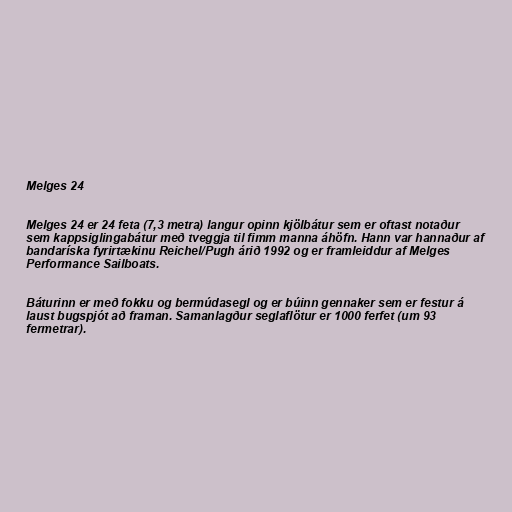
Melges 24

Melges 24 er 24 feta (7,3 metra) langur opinn kjölbátur sem er oftast notaður
sem kappsiglingabátur með tveggja til fimm manna áhöfn. Hann var hannaður af
bandaríska fyrirtækinu Reichel/Pugh árið 1992 og er framleiddur af Melges
Performance Sailboats.

Báturinn er með fokku og bermúdasegl og er búinn gennaker sem er festur á
laust bugspjót að framan. Samanlagður seglaflötur er 1000 ferfet (um 93
fermetrar).